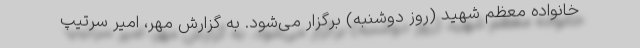
خانواده معظم شهید (روز دوشنبه) برگزار می‌شود. به گزارش مهر، امیر سرتیپ